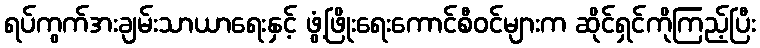
ရပ်ကွက်အးချမ်းသာယာရေးနှင့် ဖွံ့ဖြိုးရေးကောင်စီဝင်များက ဆိုင်ရှင်ကိုကြည့်ပြီး